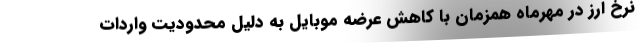
نرخ ارز در مهرماه همزمان با کاهش عرضه موبایل به دلیل محدودیت واردات